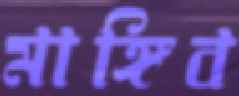
মাঙ্গিব